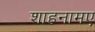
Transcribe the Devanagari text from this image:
शाहनामए